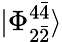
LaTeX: |\Phi_{2\bar{2}}^{4\bar{4}}\rangle